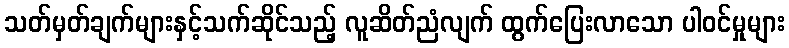
သတ်မှတ်ချက်များနှင့်သက်ဆိုင်သည့် လူဆိတ်ညံလျက် ထွက်ပြေးလာသော ပါဝင်မှုများ